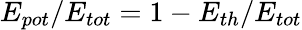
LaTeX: E_{pot}/E_{tot}=1-E_{th}/E_{tot}